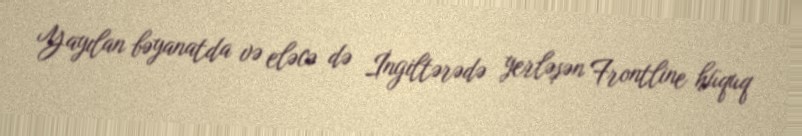
Yayılan bəyanatda və eləcə də İngiltərədə yerləşən Frontline hüquq